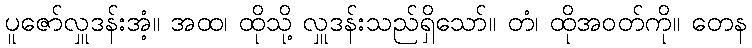
ပူဇော်လှူဒန်းအံ့။ အထ၊ ထိုသို့ လှူဒန်းသည်ရှိသော်။ တံ၊ ထိုအဝတ်ကို။ တေန